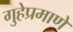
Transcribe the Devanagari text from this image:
गुहेप्रमाणे